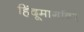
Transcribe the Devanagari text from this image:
हिंदूमार्गावर